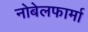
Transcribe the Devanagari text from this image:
नोबेलफार्मा